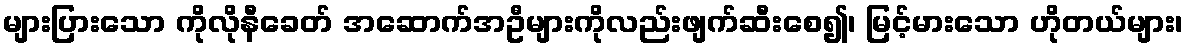
များပြားသော ကိုလိုနီခေတ် အဆောက်အဦများကိုလည်းဖျက်ဆီးစေ၍၊ မြင့်မားသော ဟိုတယ်များ၊